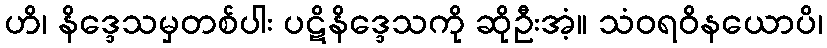
ဟိ၊ နိဒ္ဒေသမှတစ်ပါး ပဋိနိဒ္ဒေသကို ဆိုဦးအံ့။ သံဝရဝိနယောပိ၊